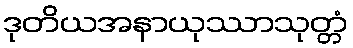
ဒုတိယအနာယုဿာသုတ္တံ